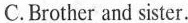
C. Brother and sister.